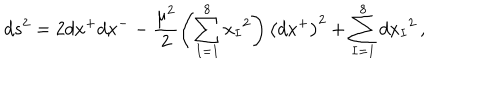
LaTeX: d s ^ { 2 } = 2 d x ^ { + } d x ^ { - } - \frac { \mu ^ { 2 } } { 2 } \left( \sum _ { I = 1 } ^ { 8 } { x _ { I } } ^ { 2 } \right) \left( d x ^ { + } \right) ^ { 2 } + \sum _ { I = 1 } ^ { 8 } { d x _ { I } } ^ { 2 } \, ,